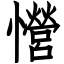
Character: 𢥏